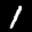
Label: 1